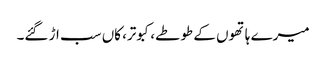
میرے ہاتھوں کے طوطے، کبوتر، کاں سب اڑ گئے۔